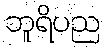
ဘူရိပည